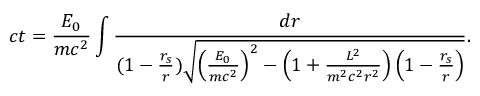
c t = \frac { { \cal { E } } _ { 0 } } { m c ^ { 2 } } \int \frac { d r } { ( 1 - \frac { r _ { s } } { r } ) \sqrt { \left( \frac { { \cal { E } } _ { 0 } } { m c ^ { 2 } } \right) ^ { 2 } - \left( 1 + \frac { { \cal { L } } ^ { 2 } } { m ^ { 2 } c ^ { 2 } r ^ { 2 } } \right) \left( 1 - \frac { r _ { s } } { r } \right) } } .